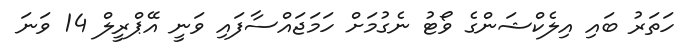
ހަތަރު ބައި އިލެކްޝަންގެ ވޯޓު ނެގުމަށް ހަމަޖައްސާފައި ވަނީ އޭޕްރީލް 14 ވަނަ